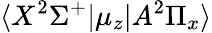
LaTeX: \langle X^{2}\Sigma^{+}|\mu_{z}|A^{2}\Pi_{x}\rangle